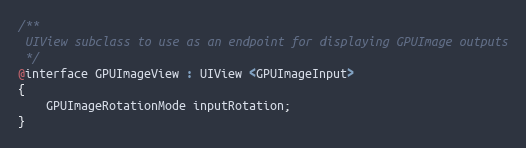
Language: C
/**
 UIView subclass to use as an endpoint for displaying GPUImage outputs
 */
@interface GPUImageView : UIView <GPUImageInput>
{
    GPUImageRotationMode inputRotation;
}